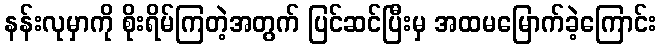
နန်းလုမှာကို စိုးရိမ်ကြတဲ့အတွက် ပြင်ဆင်ပြီးမှ အထမမြောက်ခဲ့ကြောင်း